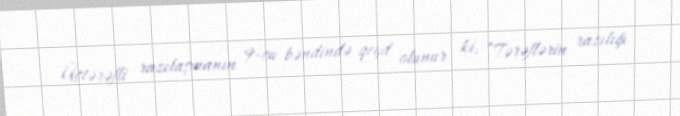
Üçtərəfli razılaşmanın 9-cu bəndində qeyd olunur ki, ”Tərəflərin razılığı